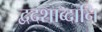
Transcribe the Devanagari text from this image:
द्वदशाब्दानि